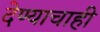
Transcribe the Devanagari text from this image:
देण्याचाही